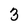
Character: 3